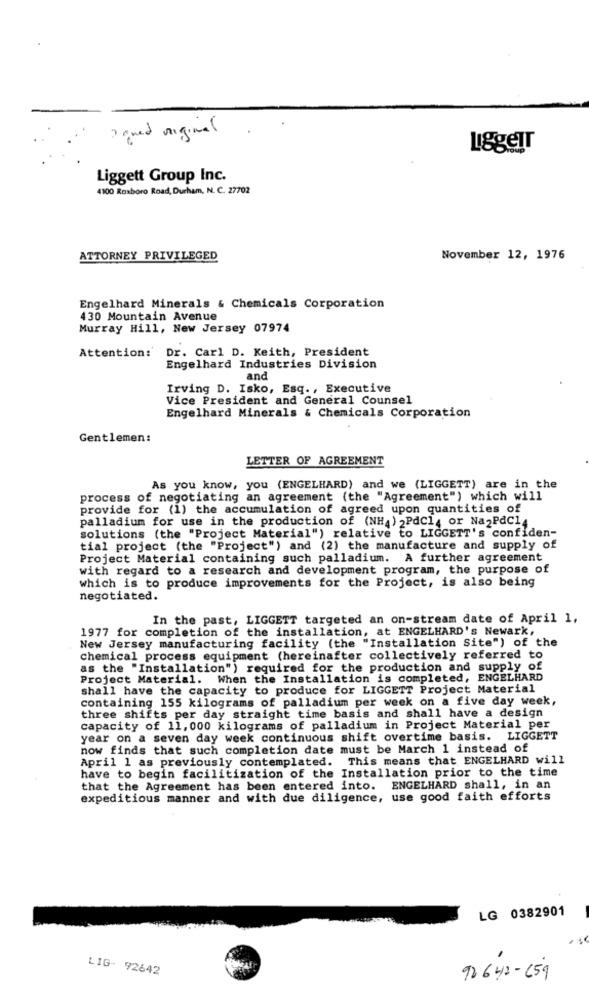
" quand original
LiggeIT
Liggett Group Inc.
4100 Roxboro Road, Durham, N. C. 27702
ATTORNEY PRIVILEGED
November 12, 1976
Engelhard Minerals & Chemicals Corporation
430 Mountain Avenue
Murray Hill, New Jersey 07974
Attention:
Dr. Carl D. Keith, President
Engelhard Industries Division
and
Irving D. Isko, Esq ., Executive
Vice President and General Counsel
Engelhard Minerals & Chemicals Corporation
Gentlemen:
LETTER OF AGREEMENT
As you know, you (ENGELHARD) and we (LIGGETT) are in the
process of negotiating an agreement (the "Agreement") which will
provide for (1) the accumulation of agreed upon quantities of
palladium for use in the production of (NH4) 2PdC14 or Na2PdC14
solutions (the "Project Material") relative to LIGGETT's confiden-
tial project (the "Project") and (2) the manufacture and supply of
Project Material containing such palladium. A further agreement
with regard to a research and development program, the purpose of
which is to produce improvements for the Project, is also being
negotiated.
In the past, LIGGETT targeted an on-stream date of April 1,
1977 for completion of the installation, at ENGELHARD's Newark,
New Jersey manufacturing facility (the "Installation Site") of the
chemical process equipment (hereinafter collectively referred to
as the "Installation") required for the production and supply of
Project Material. When the Installation is completed, ENGELHARD
shall have the capacity to produce for LIGGETT Project Material
containing 155 kilograms of palladium per week on a five day week,
three shifts per day straight time basis and shall have a design
capacity of 11, 000 kilograms of palladium in Project Material per
year on a seven day week continuous shift overtime basis. LIGGETT
now finds that such completion date must be March 1 instead of
April 1 as previously contemplated. This means that ENGELHARD will
have to begin facilitization of the Installation prior to the time
that the Agreement has been entered into. ENGELHARD shall, in an
expeditious manner and with due diligence, use good faith efforts
LG 0382901
LIG- 92642
92642-659